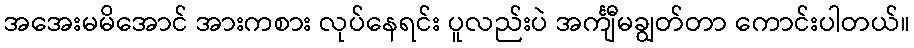
အအေးမမိအောင် အားကစား လုပ်နေရင်း ပူလည်းပဲ အင်္ကျီမချွတ်တာ ကောင်းပါတယ်။